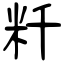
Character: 粁